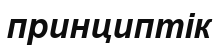
принциптік